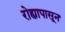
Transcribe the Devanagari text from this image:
रोह्यापासून